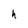
Character: h